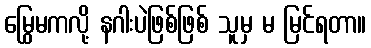
မြွေမကလို့ နဂါးပဲဖြစ်ဖြစ် သူမှ မ မြင်ရတာ။